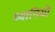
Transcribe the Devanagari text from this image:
ध्वानियों